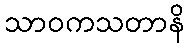
သာဝကသတာနိ